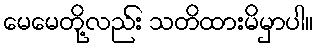
မေမေတို့လည်း သတိထားမိမှာပါ။